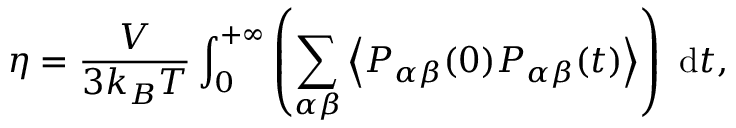
\eta = \frac { V } { 3 k _ { B } T } \int _ { 0 } ^ { + \infty } \left( \sum _ { \alpha \beta } \left\langle P _ { \alpha \beta } ( 0 ) P _ { \alpha \beta } ( t ) \right\rangle \right) \mathrm { ~ d } t ,